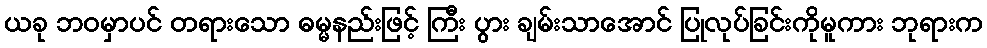
ယခု ဘဝမှာပင် တရားသော ဓမ္မနည်းဖြင့် ကြီး ပွား ချမ်းသာအောင် ပြုလုပ်ခြင်းကိုမူကား ဘုရားက